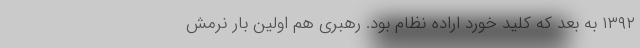
۱۳۹۲ به بعد که کلید خورد اراده نظام بود. رهبری هم اولین بار نرمش